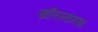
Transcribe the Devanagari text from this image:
खलिस्तानचा